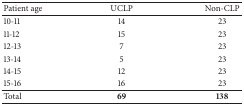
| Patient age | UCLP | Non-CLP |
 | --- | --- | --- |
 | 10-11 | 14 | 23 |
 | 11-12 | 15 | 23 |
 | 12-13 | 7 | 23 |
 | 13-14 | 5 | 23 |
 | 14-15 | 12 | 23 |
 | 15-16 | 16 | 23 |
 | Total | 69 | 138 |